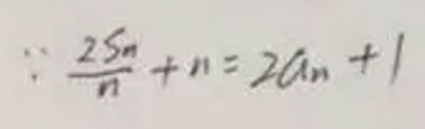
\[
\because \frac{2S_{n}}{n}+n = 2a_{n}+1
\]